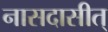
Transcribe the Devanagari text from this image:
नासदासीत्